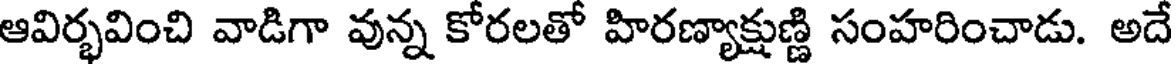
ఆవిర్భవించి వాడిగా వున్న కోరలతో హిరణ్యాక్షుణ్ణి సంహరించాడు. అదే